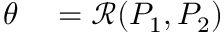
\begin{array} { r l } { \theta } & { { } = \mathcal { R } ( P _ { 1 } , P _ { 2 } ) } \end{array}